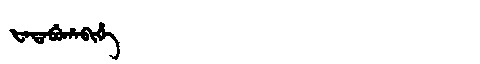
Manchu: ᡶᠠᡨᠠᠪᡠᡥᠠᠪᡳᡥᡝ
Romanization: FATABUHABIHE